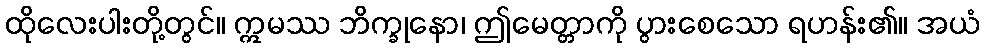
ထိုလေးပါးတို့တွင်။ ဣမဿ ဘိက္ခုနော၊ ဤမေတ္တာကို ပွားစေသော ရဟန်း၏။ အယံ